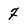
Character: 7